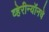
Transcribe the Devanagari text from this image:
व्हेरीन्यॉनचे